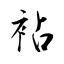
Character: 袩